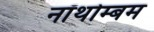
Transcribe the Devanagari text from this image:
नॉथोम्बम